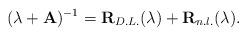
LaTeX: \begin{align*}(\lambda+{\bf A})^{-1} = {\bf R}_{D.L.}(\lambda) + {\bf R}_{n.l.} (\lambda).\end{align*}